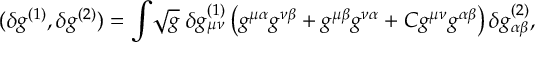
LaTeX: ( \delta g ^ { ( 1 ) } , \delta g ^ { ( 2 ) } ) = \int \! \sqrt { g } \; \delta g _ { \mu \nu } ^ { ( 1 ) } \left( g ^ { \mu \alpha } g ^ { \nu \beta } + g ^ { \mu \beta } g ^ { \nu \alpha } + C g ^ { \mu \nu } g ^ { \alpha \beta } \right) \delta g _ { \alpha \beta } ^ { ( 2 ) } ,